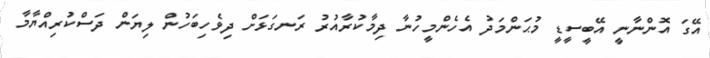
އޭގަ އޮންނާނީ އޭބީސީޑީ މުޙަންމަދު އެހެންމީހުނާ ދިމާކުރާއުރު ރަނގަޅަށް ދިވެހިބަހުން ލިޔަން ދަސްކުރިއްޔާމާ